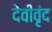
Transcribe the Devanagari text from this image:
देवीवृंद